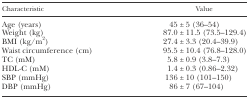
<table><thead><tr><td><b>Characteristic</b></td><td><b>Value</b></td></tr></thead><tbody><tr><td>Age (years)</td><td>45 ± 5 (36–54)</td></tr><tr><td>Weight (kg)</td><td>87.0 ± 11.5 (73.5–129.4)</td></tr><tr><td>BMI (kg/m<sup>2</sup>)</td><td>27.4 ± 3.3 (20.4–39.9)</td></tr><tr><td>Waist circumference (cm)</td><td>95.5 ± 10.4 (76.8–128.0)</td></tr><tr><td>TC (mM)</td><td>5.8 ± 0.9 (3.8–7.3)</td></tr><tr><td>HDL-C (mM)</td><td>1.4 ± 0.3 (0.86–2.32)</td></tr><tr><td>SBP (mmHg)</td><td>136 ± 10 (101–150)</td></tr><tr><td>DBP (mmHg)</td><td>86 ± 7 (67–104)</td></tr></tbody></table>